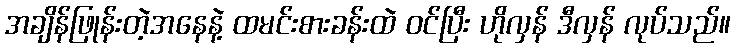
အချိန်ဖြုန်းတဲ့အနေနဲ့ ထမင်းစားခန်းထဲ ဝင်ပြီး ဟိုလှန် ဒီလှန် လုပ်သည်။